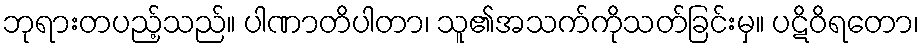
ဘုရားတပည့်သည်။ ပါဏာတိပါတာ၊ သူ၏အသက်ကိုသတ်ခြင်းမှ။ ပဋိဝိရတော၊